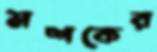
মশকের